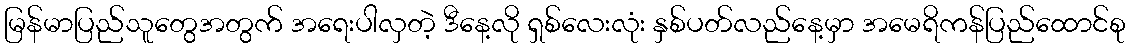
မြန်မာပြည်သူတွေအတွက် အရေးပါလှတဲ့ ဒီနေ့လို ရှစ်လေးလုံး နှစ်ပတ်လည်နေ့မှာ အမေရိကန်ပြည်ထောင်စု